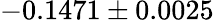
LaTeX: -0.1471\pm 0.0025